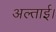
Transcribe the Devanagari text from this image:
अल्ताई।